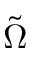
\tilde { \Omega }